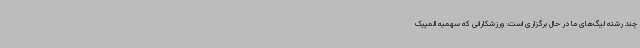
چند رشته لیگ‌های ما در حال برگزاری است. ورزشکارانی که سهمیه المپیک